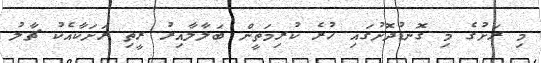
މި ރަށުގެ މި ގޮނޑުދޮށުގައި ހުރެ ކުރިމަތީން ބަލާލާއިރު ރީތި ރަށަކާއެކު ޗާލު